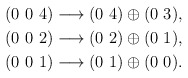
\begin{align*}(0~0~4) \longrightarrow (0~4) \oplus (0~3),\\(0~0~2) \longrightarrow (0~2) \oplus (0~1),\\(0~0~1) \longrightarrow (0~1) \oplus (0~0).\end{align*}